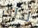
لذلك